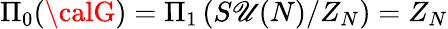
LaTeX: \Pi_{0}({\calG})=\Pi_{1}\left(S\mathscr{U}(N)/Z_{N}\right)=Z_{N}